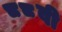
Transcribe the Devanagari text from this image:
८८वी